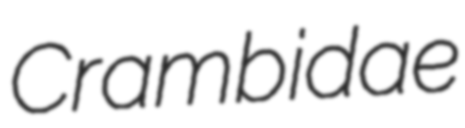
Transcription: Crambidae